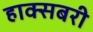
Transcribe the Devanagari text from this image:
हाक्सबरी